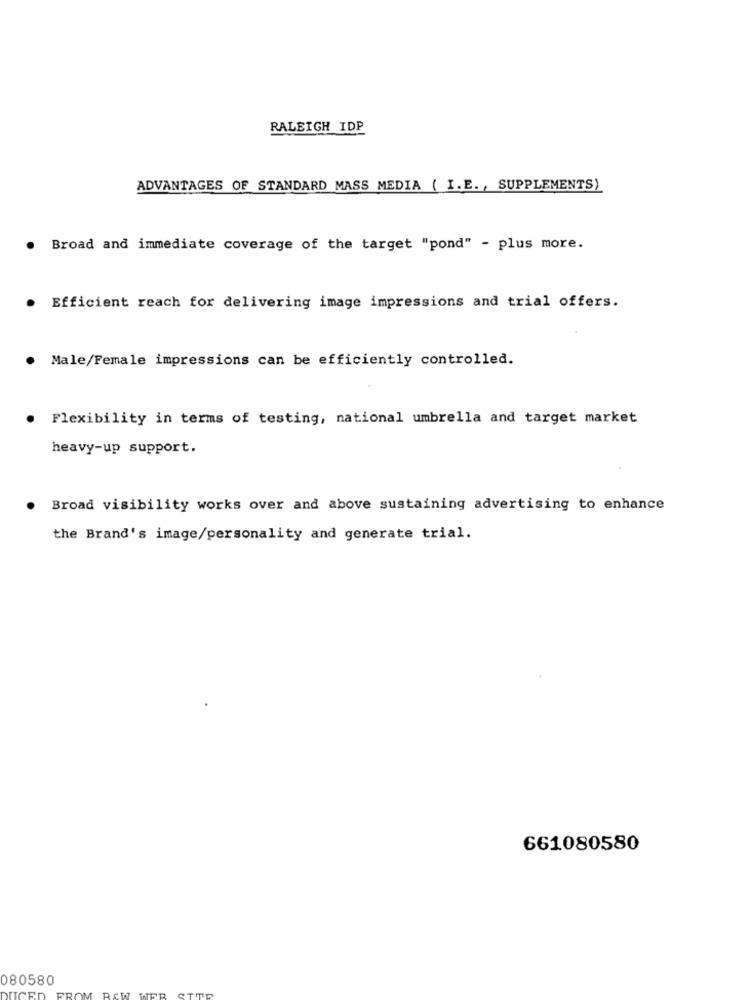
RALEIGH IDP
ADVANTAGES OF STANDARD MASS MEDIA ( I.E ., SUPPLEMENTS)
. Broad and immediate coverage of the target "pond" - plus more.
. Efficient reach for delivering image impressions and trial offers.
. Male/Female impressions can be efficiently controlled.
.
Flexibility in terms of testing, national umbrella and target market
heavy-up support.
Broad visibility works over and above sustaining advertising to enhance
the Brand's image/personality and generate trial.
661080580
080580
DUCED